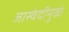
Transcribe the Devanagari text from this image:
जास्वंदीमुळे